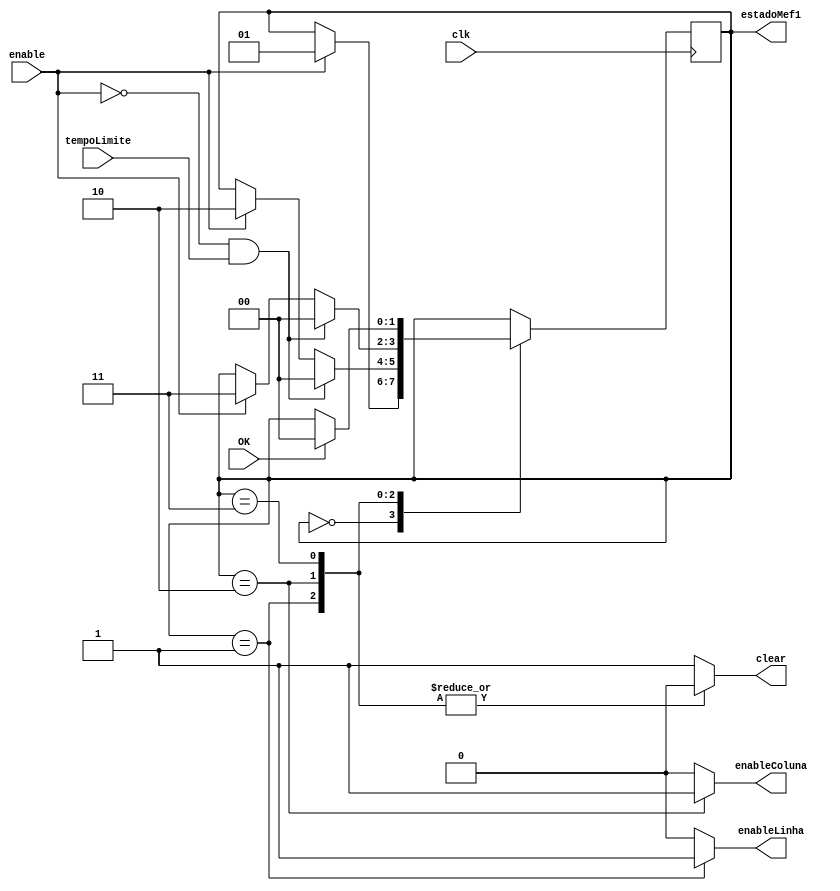
module controleDigitos (input wire clk, input wire enable, input wire tempoLimite, input wire OK, 
	 output reg enableLinha, enableColuna, clear, output [1:0] estadoMef1);

	 assign estadoMef1 = estadoAtual;
    reg[1:0] estadoAtual, proxEstado;

    localparam ESPERA = 2'b00,
            LINHA = 2'b01,
            COLUNA = 2'b10,
            BLOQUEADO = 2'b11
            ;


    always @(posedge clk)  begin
        estadoAtual <= proxEstado;
    end


    always @(estadoAtual or tempoLimite or OK or enable) begin
        proxEstado <= estadoAtual;
        case (estadoAtual)
            ESPERA: begin
                if (enable) 
                    proxEstado <= LINHA;
            end
            LINHA: begin
            if (!enable & tempoLimite)
                    proxEstado <= ESPERA;
            else if (enable)
                    proxEstado <= COLUNA;
            end
            COLUNA: begin
				if (!enable & tempoLimite)
                    proxEstado <= ESPERA;
            else if (enable)
                    proxEstado <= BLOQUEADO;
				end
            BLOQUEADO: begin
                if (OK)
                    proxEstado <= ESPERA; 
            end 
        endcase    
        
    end


    always @(estadoAtual) begin
        case (estadoAtual)
            LINHA: begin
                enableLinha <= 1'b1;
                enableColuna <= 1'b0;
                clear <= 1'b0;
            end 
            COLUNA: begin
                enableLinha <= 1'b0;
                enableColuna <= 1'b1;
                clear <= 1'b0;
            end
            BLOQUEADO: begin
                enableLinha <= 1'b0;
                enableColuna <= 1'b0;
                clear <= 1'b0;
            end
            default: begin
            enableLinha <= 1'b0;
            enableColuna <= 1'b0;
            clear <= 1'b1;
            end 
        endcase    
    end


endmodule